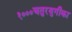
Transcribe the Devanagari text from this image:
१०००चतुरयुगीका